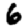
Digit: 6